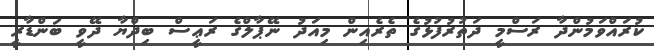
ކުރައްވަމުންދާ ރަސްމީ ދަތުރުފުޅުގެ ތެރެއިން މިއަދު ނޭޕާލްގެ ރަޢީސް ބިދްޔާ ދޭވީ ބަންޑާރީ